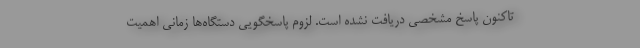
تاکنون پاسخ مشخصی دریافت نشده است. لزوم پاسخگویی دستگاه‌ها زمانی اهمیت